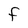
Character: F